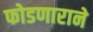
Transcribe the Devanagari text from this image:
फोडणाराने